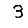
Digit: 3